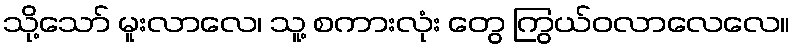
သို့သော် မူးလာလေ၊ သူ့ စကားလုံး တွေ ကြွယ်ဝလာလေလေ။